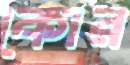
কোর